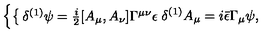
\left\{ \begin{cases} { \delta ^ { ( 1 ) } \psi = \frac { i } { 2 } [ A _ { \mu } , A _ { \nu } ] \Gamma ^ { \mu \nu } \epsilon } \\ { \delta ^ { ( 1 ) } A _ { \mu } = i { \bar { \epsilon } } \Gamma _ { \mu } \psi , } \\ \end{cases} \right.